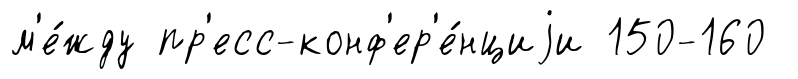
м'е́жду пр'есс-конф'ер'е́нциjи 150-160